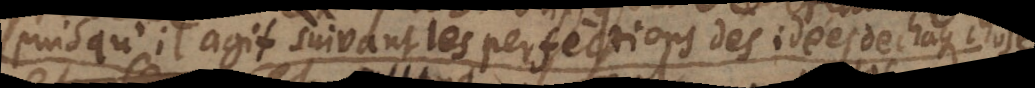
puisqu’il agit suivant les perfections des idées de chaque chose